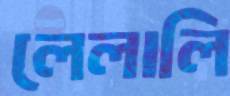
লেলালি